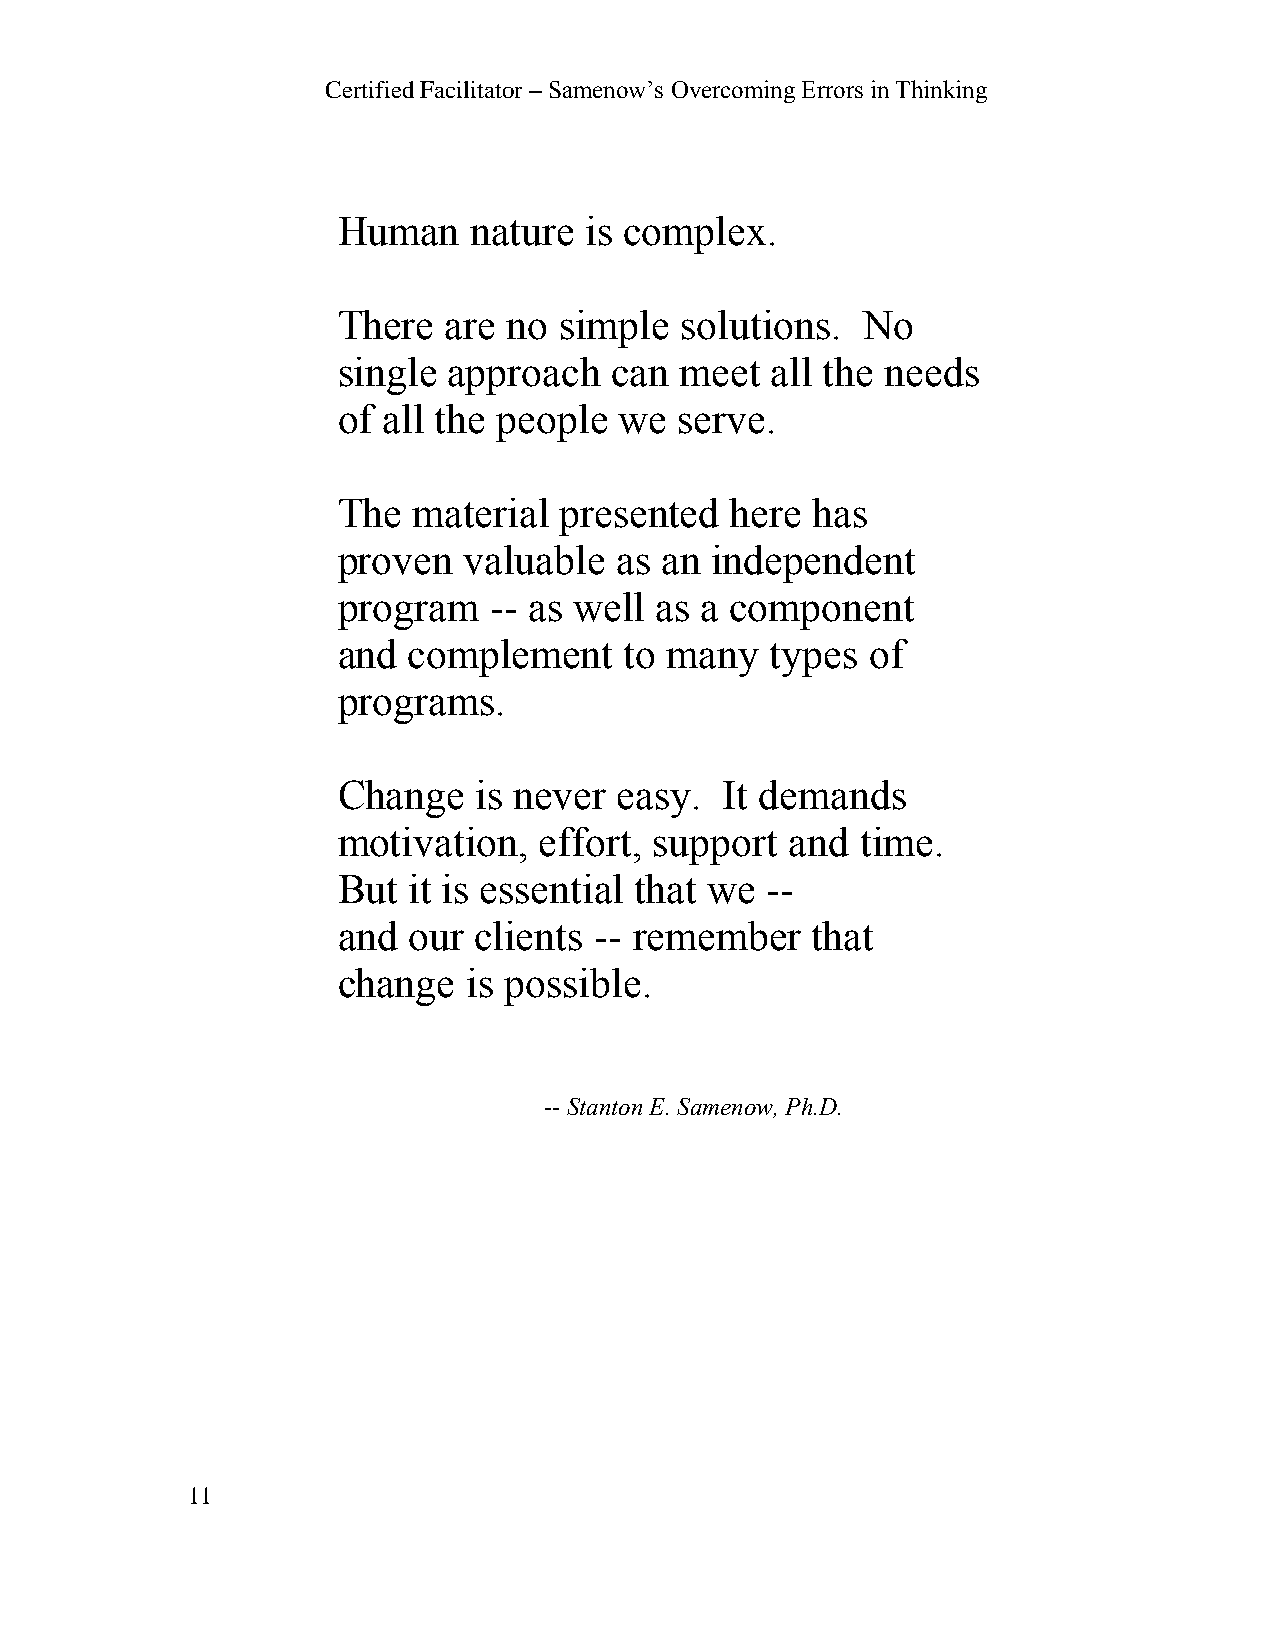
Certified Facilitator – Samenow’s Overcoming Errors in Thinking
 Human    nature  is complex.
 There  are  no simple  solutions.  No
 single  approach  can  meet  all the needs
 of all the people  we  serve.
 The  material  presented  here  has
 proven   valuable  as an independent
 program   -- as well as a component
 and  complement    to many   types  of
 programs.
 Change   is never  easy.  It demands
 motivation,   effort, support and  time.
 But  it is essential that we --
 and  our clients -- remember    that
 change   is possible.
 -- Stanton E. Samenow, Ph.D.
 11